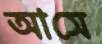
আসে